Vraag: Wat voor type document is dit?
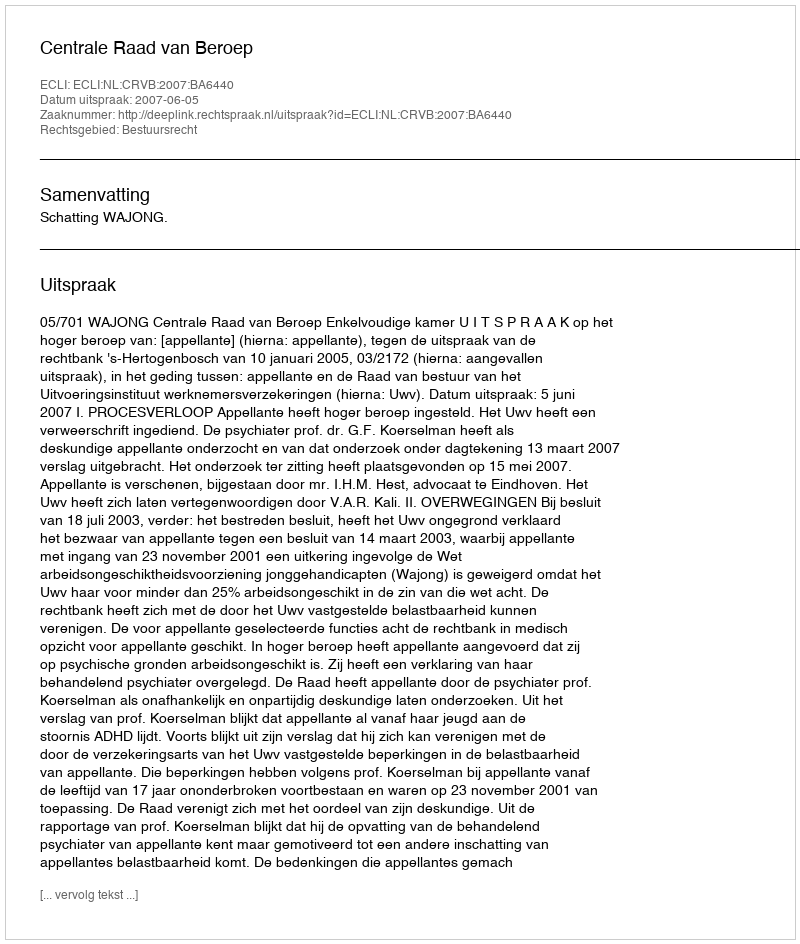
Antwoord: Uitspraak